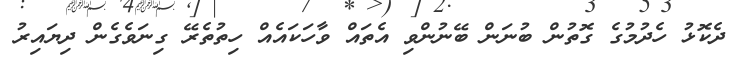
ދެކޮޅު ހެދުމުގެ ގޮތުން ބުނަން ބޭނުންވި އެތައް ވާހަކައެއް ހިތުތެރޭ ގިނަވެގެން ދިޔައިރު